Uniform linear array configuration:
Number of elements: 12
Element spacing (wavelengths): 0.75
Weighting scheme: uniform
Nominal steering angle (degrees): -15
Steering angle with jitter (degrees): -14.932
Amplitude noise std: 0.05
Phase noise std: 0.05

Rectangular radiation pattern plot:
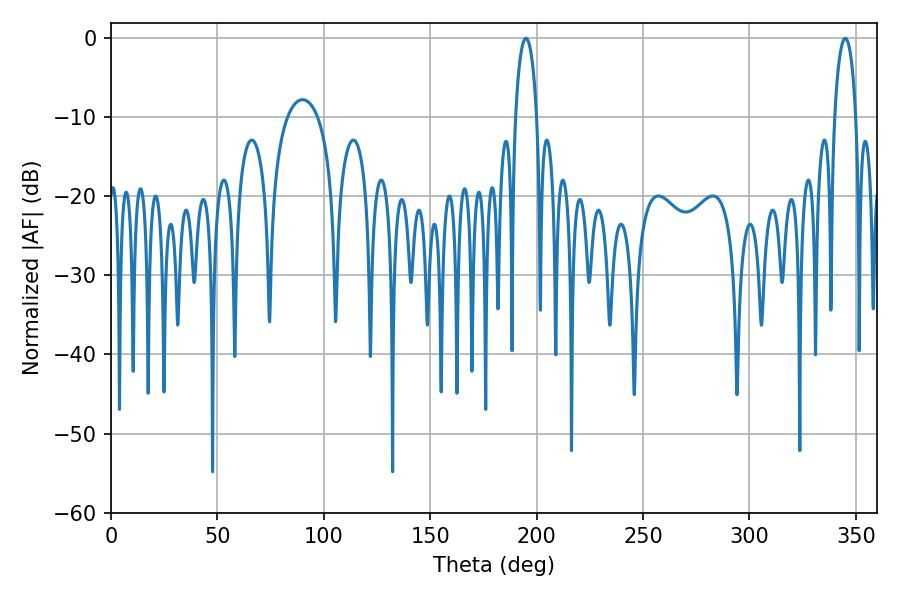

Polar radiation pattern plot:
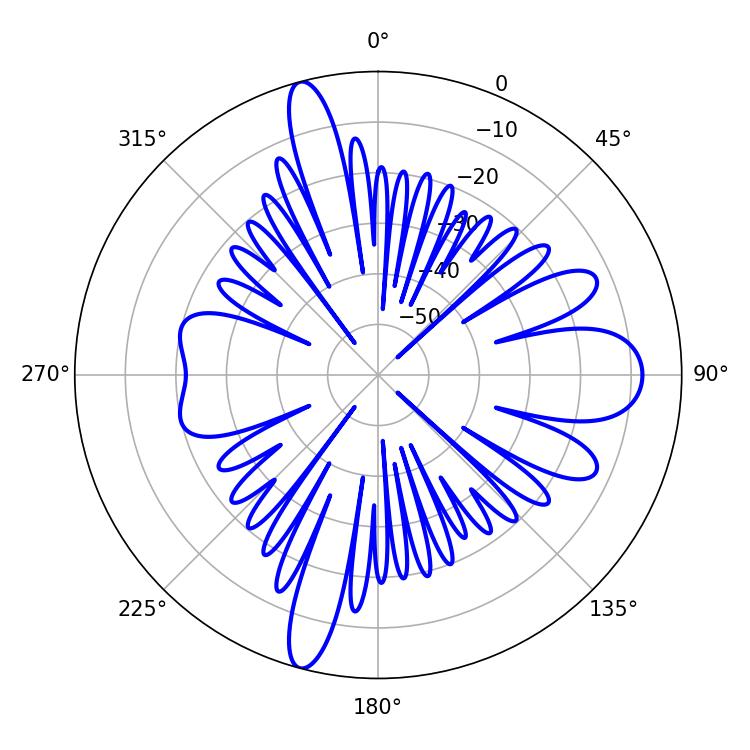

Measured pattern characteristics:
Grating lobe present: TRUE
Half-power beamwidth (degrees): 5.76
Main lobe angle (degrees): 194.94